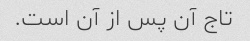
تاج آن پس از آن است.